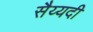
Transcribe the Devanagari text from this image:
सैय्यदी